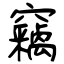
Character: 竊